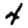
Digit: 4